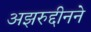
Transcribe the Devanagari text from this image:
अझरुद्दीनने